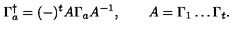
\Gamma _ { a } ^ { \dagger } = ( - ) ^ { t } A \Gamma _ { a } A ^ { - 1 } , \qquad A = \Gamma _ { 1 } \ldots \Gamma _ { t } .